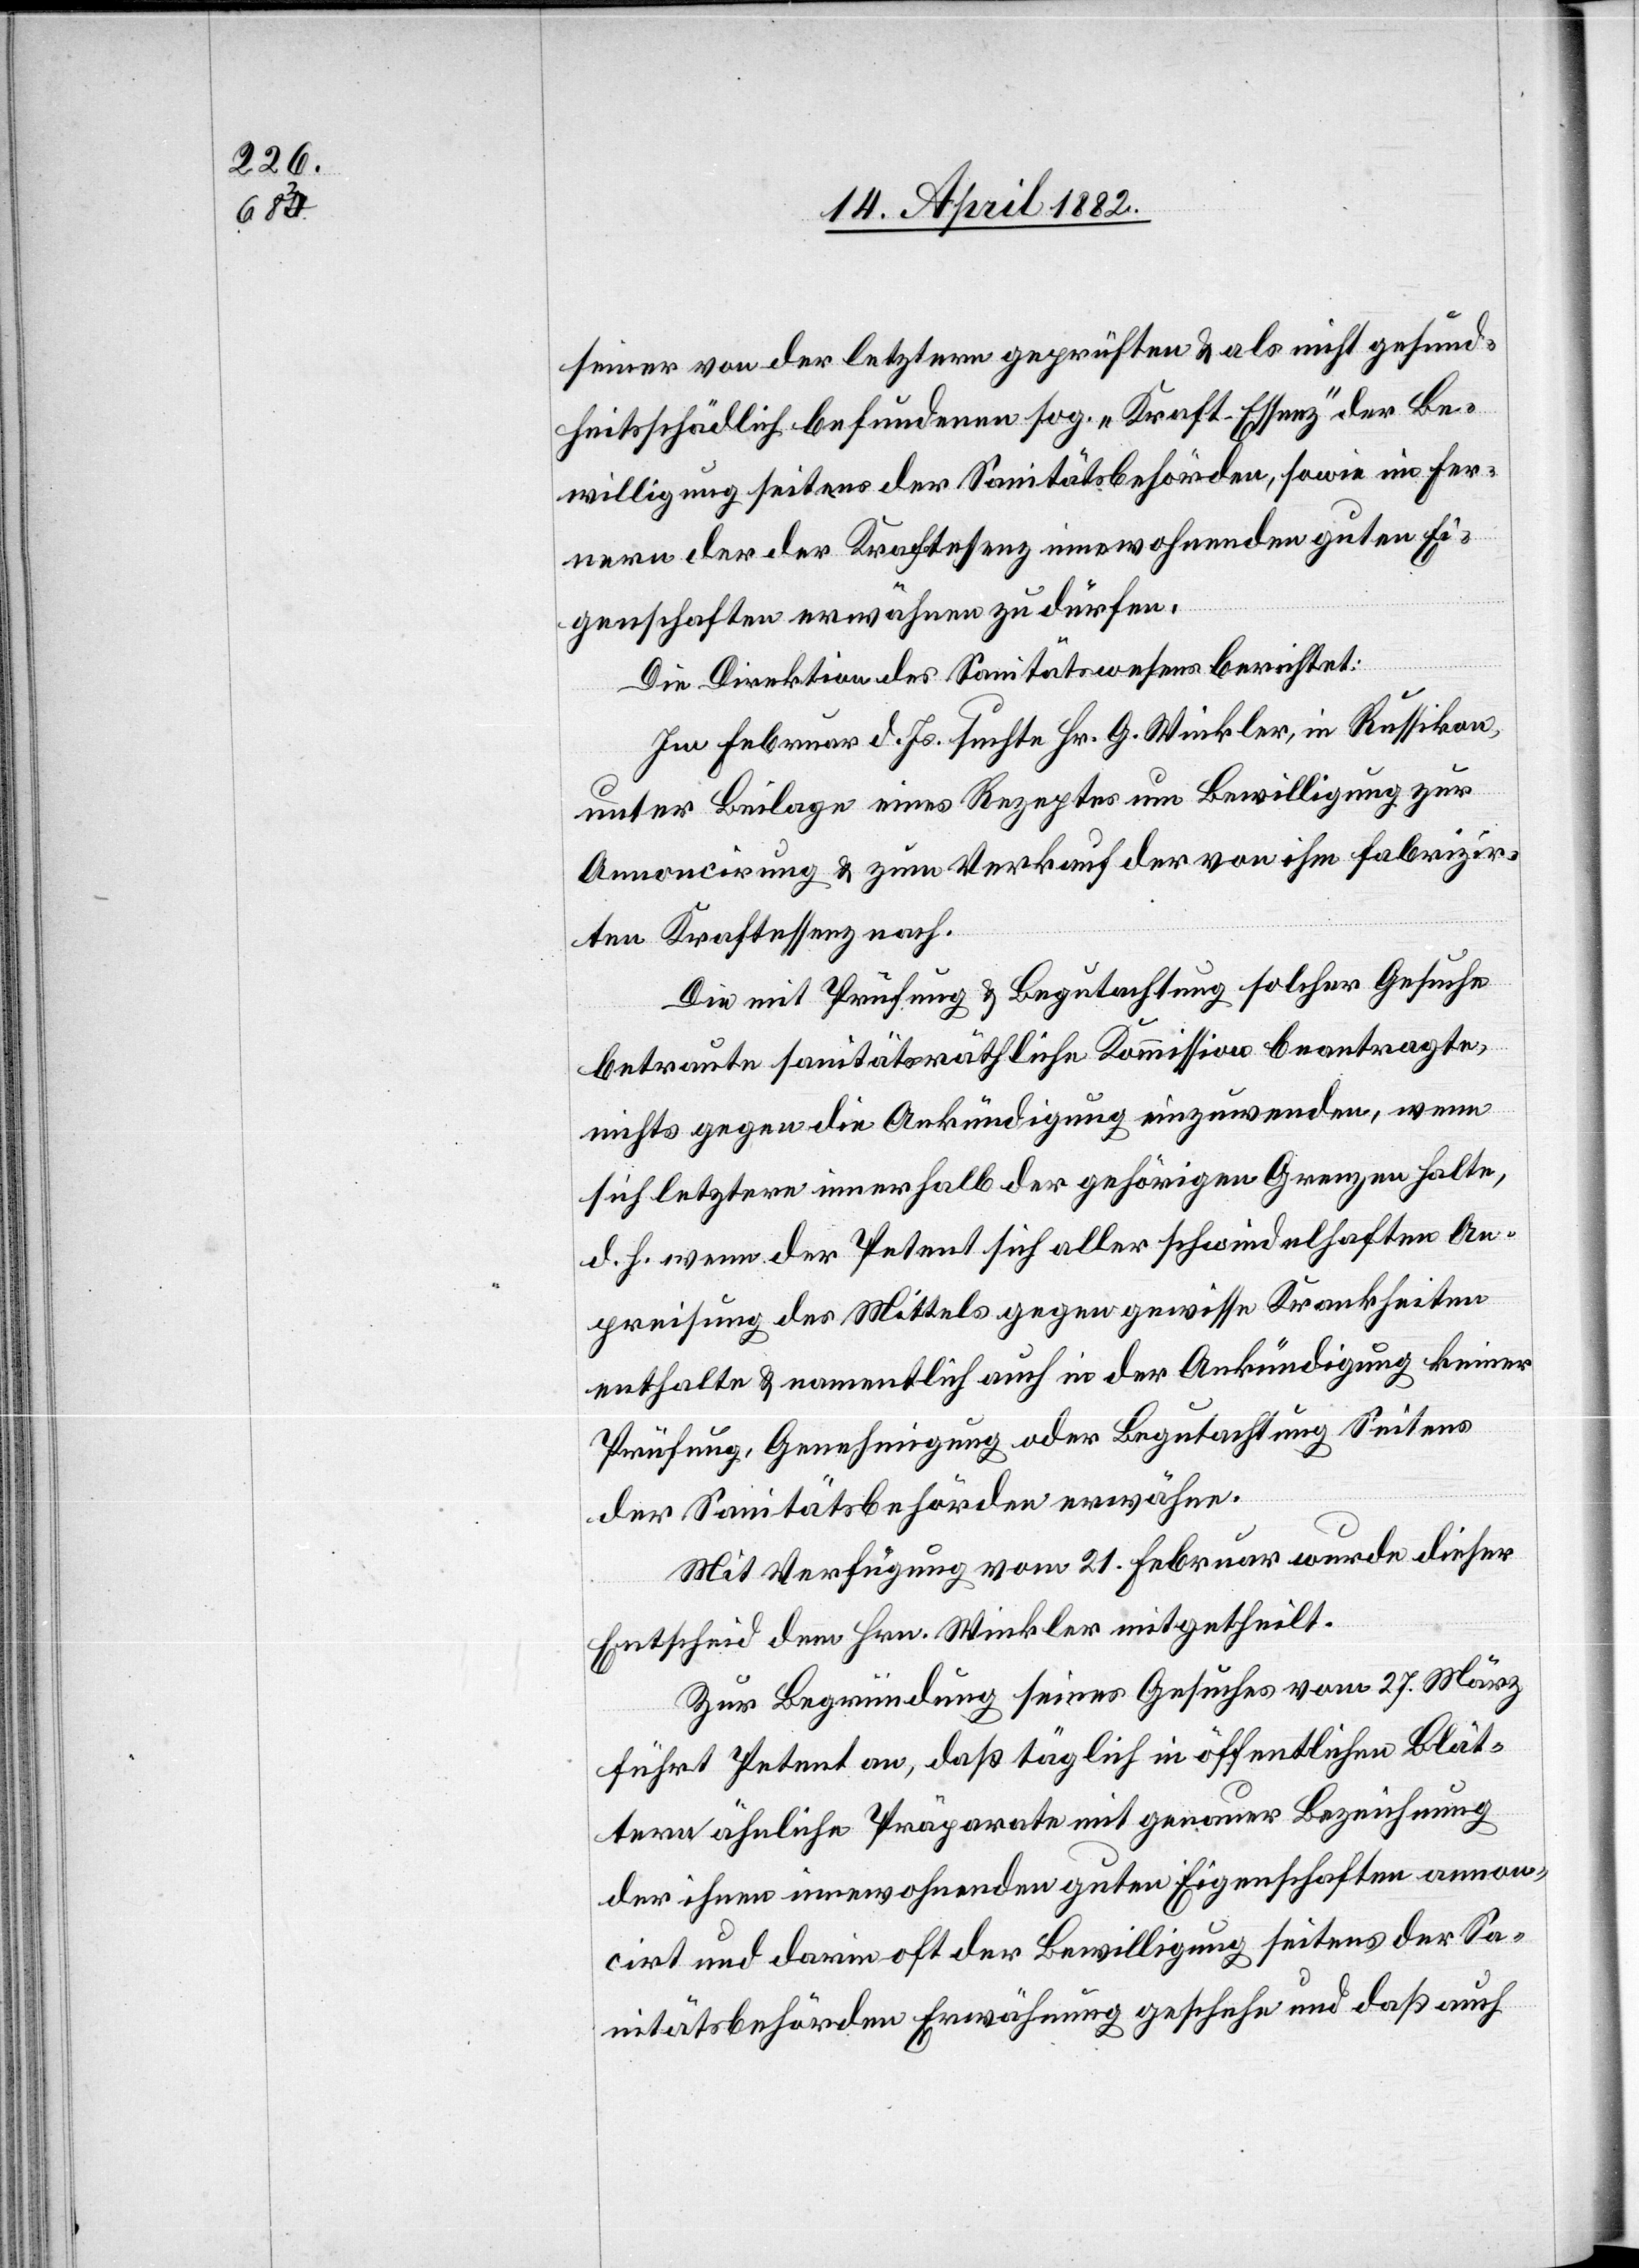
seiner von der letztern geprüften & als nicht gesund¬
heitsschädlich befundenen sog. „Kraft-Essenz“ der Be¬
willigung seitens der Sanitätsbehörden, sowie im Fer¬
nern der der Kraftessenz innewohnenden guten Ei¬
genschaften erwähnen zu dürfen.
Die Direktion des Sanitätswesens berichtet:
Im Februar d. Js. suchte Hr. G. Winkler, in Russikon,
unter Beilage eines Rezeptes um Bewilligung zur
Annoncirung & zum Verkauf der von ihm fabrizir¬
ten Kraftessenz nach.
Die mit Prüfung & Begutachtung solcher Gesuche
betraute sanitätsräthliche Kommission beantragte,
nichts gegen die Ankündigung einzuwenden, wenn
sich letztere innerhalb der gehörigen Grenzen halte,
d. h. wenn der Petent sich aller schwindelhaften An¬
preisung des Mittels gegen gewisse Krankheiten
enthalte & namentlich auch in der Ankündigung keiner
Prüfung, Genehmigung oder Begutachtung Seitens
der Sanitätsbehörden erwähne.
Mit Verfügung vom 21. Februar wurde dieser
Entscheid dem Hrn. Winkler mitgetheilt.
Zur Begründung seines Gesuches vom 27. März
führt Petent an, daß täglich in öffentlichen Blät¬
tern ähnliche Präparate mit genauer Bezeichnung
der ihnen innewohnenden guten Eigenschaften annon¬
cirt und darin oft der Bewilligung seitens der Sa¬
nitätsbehörden Erwähnung geschehe und daß auch